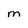
Character: M